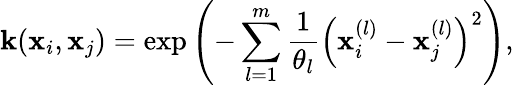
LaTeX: \mathbf{k}(\mathbf{{x}}_{i},\mathbf{{x}}_{j})=\exp{\left(-\sum_{l=1}^{m}\frac{{1}}{{\theta_{l}}}\left(\mathbf{{x}}_{i}^{(l)}-\mathbf{{x}}_{j}^{(l)}\right)^{2}\right)},